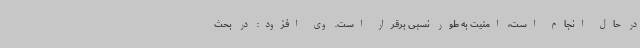
در حال انجام است، امنیت به طور نسبی برقرار است. وی افزود: در بحث